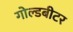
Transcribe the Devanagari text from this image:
गोल्डबीटर